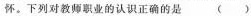
怀。下列对教师职业的认识正确的是()